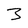
Character: 3